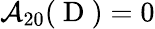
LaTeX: \mathcal{A}_{20}(\mathrm{~D~})=0